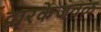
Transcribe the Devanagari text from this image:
द्वारकेजवळ